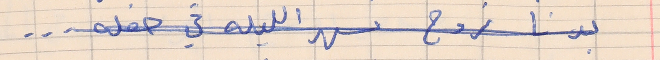
. . .